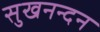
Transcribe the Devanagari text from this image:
सुखनन्दन